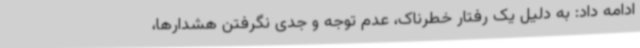
ادامه داد: به دلیل یک رفتار خطرناک، عدم توجه و جدی نگرفتن هشدارها،